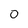
Character: 0